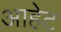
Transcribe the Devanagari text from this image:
आहेट